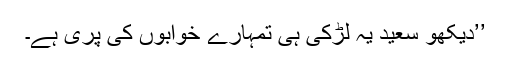
’’دیکھو سعید یہ لڑکی ہی تمہارے خوابوں کی پری ہے۔